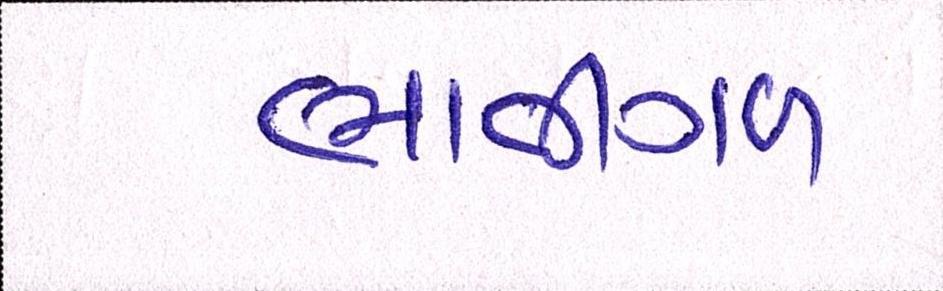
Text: ભાતીગળ